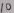
Text: 10